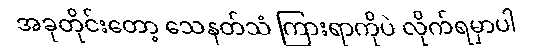
အခုတိုင်းတော့ သေနတ်သံ ကြားရာကိုပဲ လိုက်ရမှာပါ